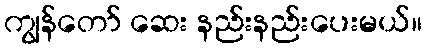
ကျွန်တော် ဆေး နည်းနည်းပေးမယ်။